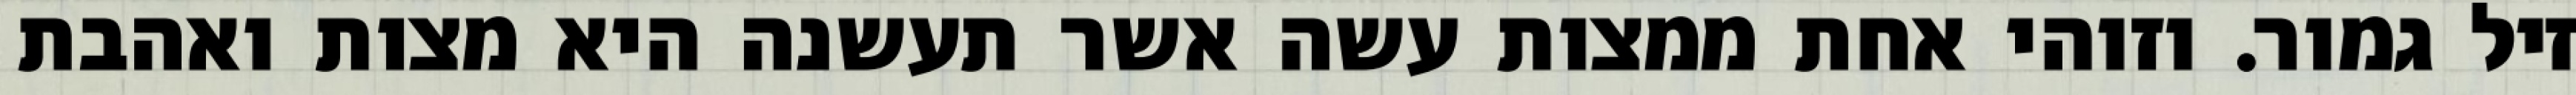
זיל גמור. וזוהי אחת ממצות עשה אשר תעשנה היא מצות ואהבת